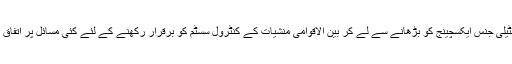
جو کہ منشیات انٹیلی جنس ایکسچینج کو بڑھانے سے لے کر بین الاقوامی منشیات کے کنٹرول سسٹم کو برقرار رکھنے کے لئے کئی مسائل پر اتفاق رائے تک پہنچا ۔